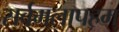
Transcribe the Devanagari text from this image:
सर्वमलापहम्